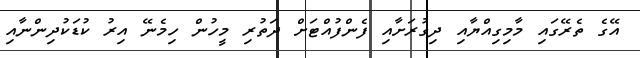
އޭގެ ތެރޭގައި މާމިގިއްޔާއި ދިގުރަށާއި ފެންފުއްޓަށް ދަތުރި މީހުން ހިމެނޭ އިރު ކުޑަކުދިންނާއި